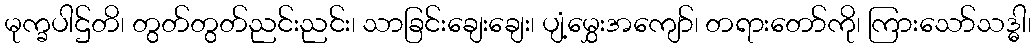
မုက္ခပါဌ်တိ၊ တွတ်တွတ်ညင်းညင်း၊ သာခြင်းချေးချေး၊ ပျံ့မွှေးအကျော်၊ တရားတော်ကို၊ ကြားသော်သဒ္ဓါ၊